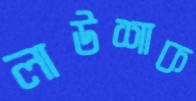
লাউশাক